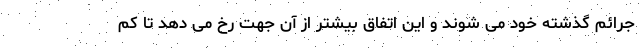
جرائم گذشته خود می شوند و این اتفاق بیشتر از آن جهت رخ می دهد تا کم